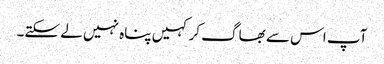
آپ اس سے بھاگ کر کہیں پناہ نہیں لے سکتے۔